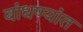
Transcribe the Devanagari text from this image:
बांधण्यांत